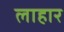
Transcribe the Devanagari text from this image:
लाहार